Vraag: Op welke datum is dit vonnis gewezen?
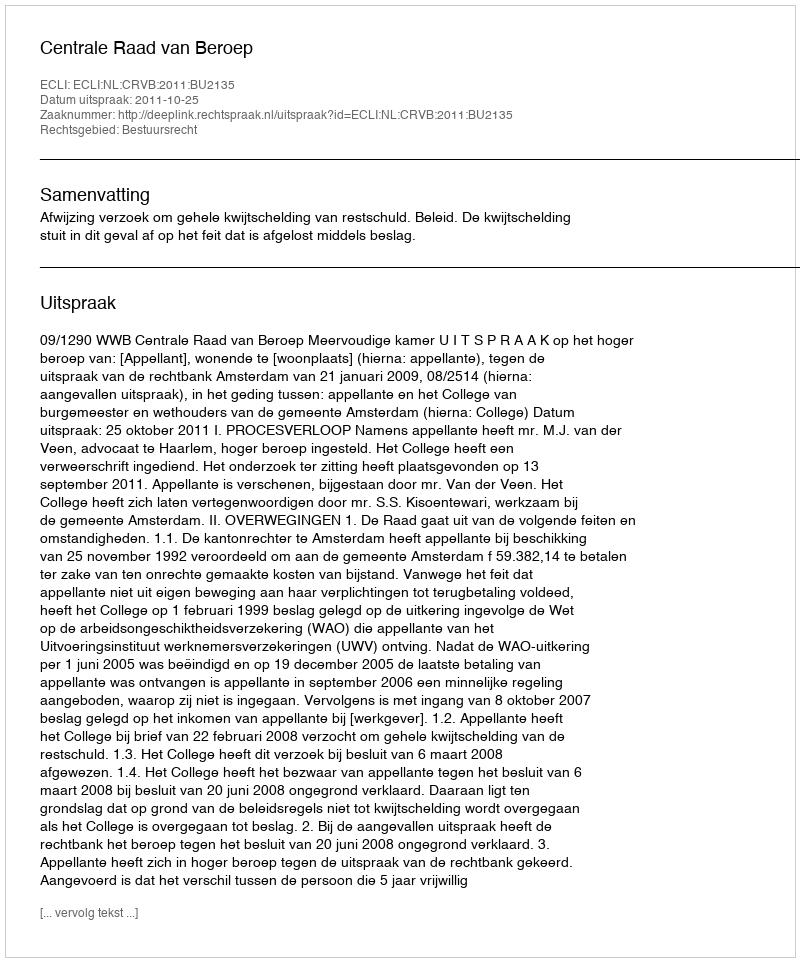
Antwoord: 2011-10-25